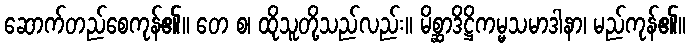
ဆောက်တည်စေကုန်၏။ တေ စ၊ ထိုသူတို့သည်လည်း။ မိစ္ဆာဒိဋ္ဌိကမ္မသမာဒါနာ၊ မည်ကုန်၏။